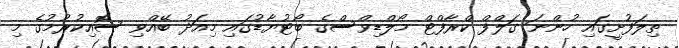
ތިލަފުށީގައި ހުންނަ ގަލްފް ކްރާފްޓް މޯލްޑިވްސްގެ ބޯޓުޔާޑުގައި މިއަދު ބޭއްވި ސޮއިކުރުމުގެ މި